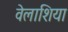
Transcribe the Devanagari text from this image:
वेलाशिया